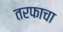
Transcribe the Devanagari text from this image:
तरफाचा